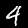
Digit: 4